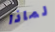
لماذا